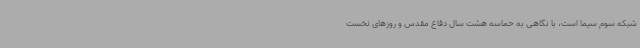
شبکه سوم سیما است، با نگاهی به حماسه هشت سال دفاع مقدس و روزهای نخست